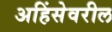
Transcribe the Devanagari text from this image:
अहिंसेवरील